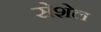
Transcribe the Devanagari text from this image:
सेशेल